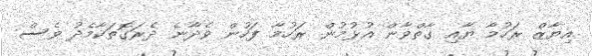
އިޔާޒް ރަހުމާ ޔާއި ގާތްވާން އުޅުމުން ރަހުމާ ފަހުން ވެދާނެ ދެރަގޮތަކާމެދު ވެސް